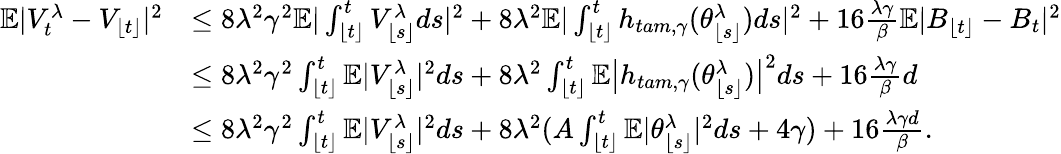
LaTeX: \begin{array}{rl}{\mathbb{E}|V_{t}^{\lambda}-V_{\lfloor t\rfloor}|^{2}}&{\leq 8\lambda^{2}\gamma^{2}\mathbb{E}|\int_{\lfloor t\rfloor}^{t}V_{\lfloor s\rfloor}^{\lambda}ds|^{2}+8\lambda^{2}\mathbb{E}|\int_{\lfloor t\rfloor}^{t}h_{tam,\gamma}(\theta_{\lfloor s\rfloor}^{\lambda})ds|^{2}+16\frac{\lambda\gamma}{\beta}\mathbb{E}|B_{\lfloor t\rfloor}-B_{t}|^{2}}\\ &{\leq 8\lambda^{2}\gamma^{2}\int_{\lfloor t\rfloor}^{t}\mathbb{E}|V_{\lfloor s\rfloor}^{\lambda}|^{2}ds+8\lambda^{2}\int_{\lfloor t\rfloor}^{t}\mathbb{E}\big|h_{tam,\gamma}(\theta_{\lfloor s\rfloor}^{\lambda})\big|^{2}ds+16\frac{\lambda\gamma}{\beta}d}\\ &{\leq 8\lambda^{2}\gamma^{2}\int_{\lfloor t\rfloor}^{t}\mathbb{E}|V_{\lfloor s\rfloor}^{\lambda}|^{2}ds+8\lambda^{2}(A\int_{\lfloor t\rfloor}^{t}\mathbb{E}|\theta_{\lfloor s\rfloor}^{\lambda}|^{2}ds+4\gamma)+16\frac{\lambda\gamma d}{\beta}.}\end{array}